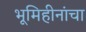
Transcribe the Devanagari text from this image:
भूमिहीनांचा